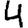
Digit: 4